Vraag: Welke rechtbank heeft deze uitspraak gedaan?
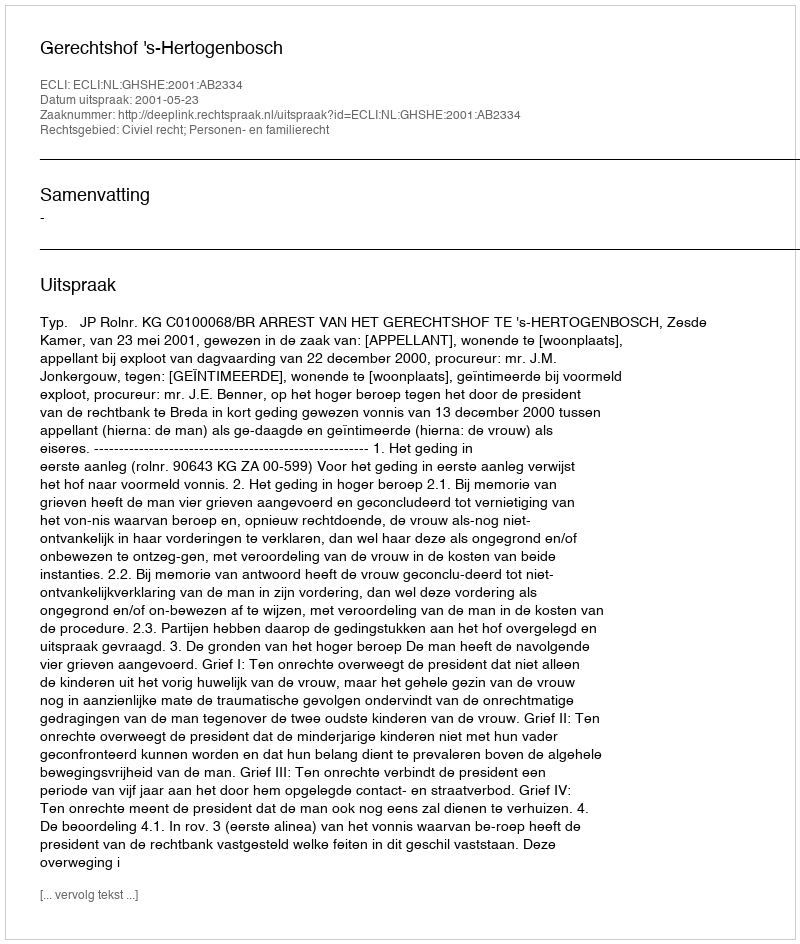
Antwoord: Gerechtshof 's-Hertogenbosch